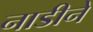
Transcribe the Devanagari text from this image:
नाडीने